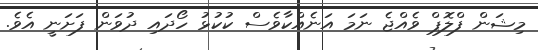
މިޝަން ފްލޮޕް ވެއްޖެ ނަމަ އަނެއްކާވެސް ކުކުޅު ހޯދައި ދުވަން ފަށަނީ އެވެ.